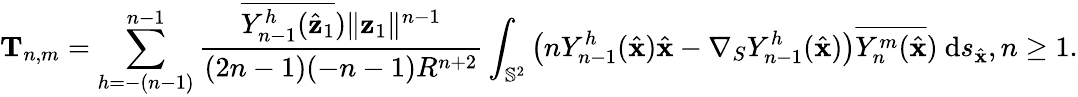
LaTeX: \mathbf T_{n,m}=\sum_{h=-(n-1)}^{n-1}\frac{\overline{{Y_{n-1}^{h}(\hat{\mathbf{z}}_{1}}})\| \mathbf{z}_{1}\| ^{n-1}}{(2n-1)(-n-1)R^{n+2}}\int_{\mathbb{S}^{2}}\big(nY_{n-1}^{h}(\hat{\mathbf{x}})\hat{\mathbf{x}}-\nabla_{S}Y_{n-1}^{h}(\hat{\mathbf{x}})\big)\overline{{Y_{n}^{m}(\hat{\mathbf{x}}}})~\mathrm{d}s_{\hat{\mathbf{x}}},n\geq 1.